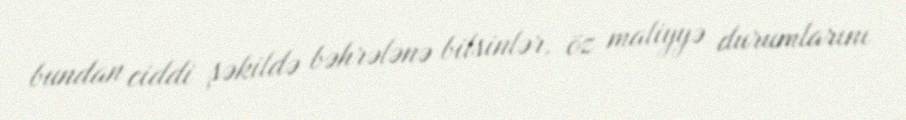
bundan ciddi şəkildə bəhrələnə bilsinlər, öz maliyyə durumlarını